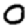
Digit: 0